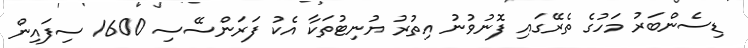
ޑިސެންބަރު މަހުގެ ތެރޭގައި ފޮނުވުނު އިތުރު ޔުނިޓުތަކާ އެކު ފަރަންސޭސި 1600 ސިފައިން